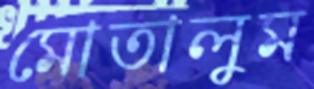
মোতালুম